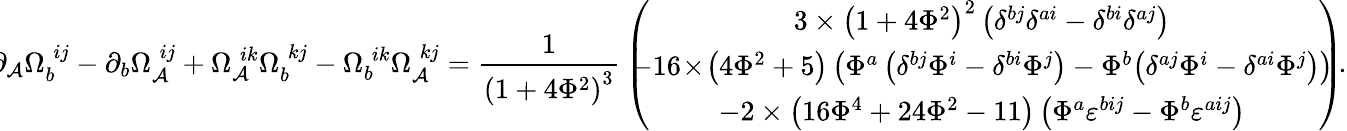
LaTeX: \! \! \partial_{\mathcal{A}}\Omega_{b}^{\; ij}-\partial_{b}\Omega_{\mathcal{A}}^{\; ij}+\Omega_{\mathcal{A}}^{\; ik}\Omega_{b}^{\; kj}-\Omega_{b}^{\; ik}\Omega_{\mathcal{A}}^{\; kj}=\frac{1}{{\left(1+4\Phi^{2}\right)^{3}}}\, \left(\! \! \! \! \begin{array}{c}{{3\times\left(1+4\Phi^{2}\right)^{2}\left(\delta^{bj}\delta^{ai}-\delta^{bi}\delta^{aj}\right)}}\\ {{-16\! \times\! \left(4\Phi^{2}+5\right)\left(\Phi^{a}\left(\delta^{bj}\Phi^{i}-\delta^{bi}\Phi^{j}\right)-\Phi^{b}\! \left(\delta^{aj}\Phi^{i}-\delta^{ai}\Phi^{j}\right)\right)}}\\ {{-2\times\left(16\Phi^{4}+24\Phi^{2}-11\right)\left(\Phi^{a}\varepsilon^{bij}-\Phi^{b}\varepsilon^{aij}\right)}}\end{array}\! \! \! \right)\! .